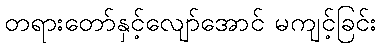
တရားတော်နှင့်လျော်အောင် မကျင့်ခြင်း